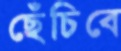
ছেঁচিবে